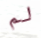
لم